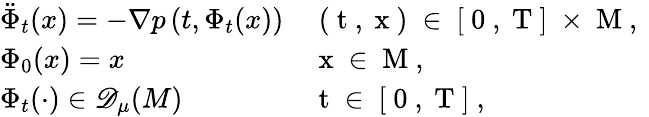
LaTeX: \begin{array}{ll}{\ddot{\Phi}_{t}(x)=-\nabla p\left(t,\Phi_{t}(x)\right)}&{\mathrm{~(~t~,~x~)~\in~[~0~,~T~]~\times~M~,~}}\\ {\Phi_{0}(x)=x}&{\mathrm{~x~\in~M~,~}}\\ {\Phi_{t}(\cdot)\in{\mathscr{D}_{\mu}(M)}}&{\mathrm{~t~\in~[~0~,~T~]~,~}}\end{array}